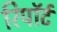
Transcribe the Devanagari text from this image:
रिपॉर्ट